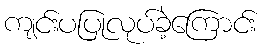
ကျင်းပပြုလုပ်ခဲ့ကြောင်း